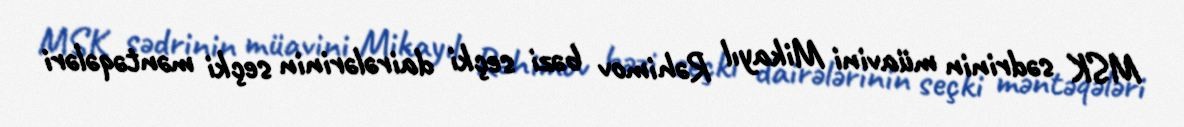
MSK sədrinin müavini Mikayıl Rəhimov bəzi seçki dairələrinin seçki məntəqələri